Civil Veterinary Dept. Assam report 1927-50 - 1927-1950
Year: 1927
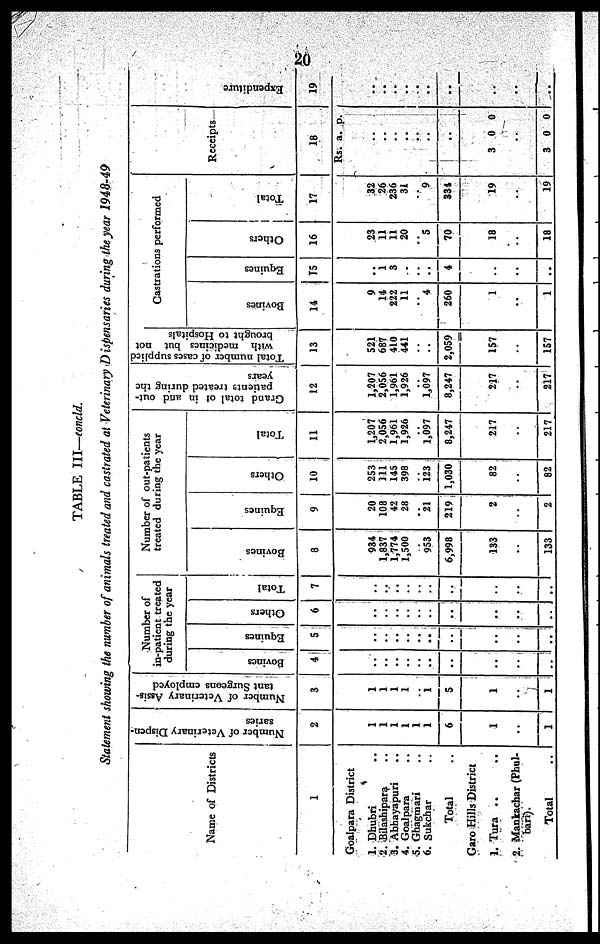
20
TABLE III—eoncld.
Statement showing the number of animals treated and castrated at Veterinary Dispensaries during the year 1948-49
Name of Districts
1
Goalpara District
1. Dhubri ..
2. .Bilashipara ..
3. Abhayapuri
..
4. Goalpara ..
5. Ghagmari ..
6. Sukchar ..
Total ..
Garo Hills District
1. Tura .. ..
2. Mankachar (Phol-
baxi).
Total
..
Number of Veterinary Dispen-
saries
2
1.
1
1
1
1
1
6
1
..
..
1
Number of Veterinary Assis-
tant Surgeons employed
3
1
1
1
1
..
1
5
1
..
..
1
Number of
in-patient treated
during the year
Bovines
4
..
..
..
..
..
..
..
..
..
..
..
Equina
5
..
..
..
..
..
..
..
..
..
..
..
Others
6
..
..
..
..
..
..
..
..
..
..
..
Total
7
..
..
..
..
..
..
..
..
..
..
..
Number of out-patients
treated during the year
Bovines
8
934
1,837
1,774
1,500
..
9S3
6,998
133
..
..
133
Equines
9
20
108
42
28
..
21
219
2
..
..
2
Others
10
253
111
14S
398
..
123
1,030
82
..
..
82
Total
11
1,207
2,056
1,961
1,926
..
1,097
8,247
217
..
..
217
Grand total of in and out-
patient) treated during the
years
12
1,207
2,056
1,961
1,926
..
1,097
8,247
217
..
..
217
Total number of cases supplied
with medicines but not
brought to Hospitals
13
521
687
410
441
..
..
2,059
157
..
..
157
Castrations performed
Bovines
14
9
14
222
11
..
4
260
1
..
..
1
Equines
T5
..
1
3
..
..
..
4
..
..
..
..
Others
16
23
11
11
20
..
5
70
18
..
..
18
Total
17
32
26
236
31
..
9
S34
19
..
..
19
Receipts
18
Rs.
..
..
..
..
..
3
..
3
a.
..
..
0
..
0
p.
0
0
Expe ndi t
ur e
19
..
..
..
..
..
..
..
..
..
..
..